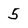
Character: 5